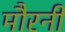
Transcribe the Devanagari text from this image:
मौरनी